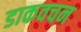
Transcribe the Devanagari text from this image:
डाकवचन